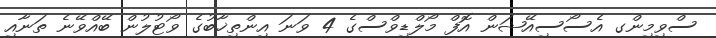
ސްވިމިންގ އެސޯސިއޭޝަން އޮފް މޯލްޑިވްސްގެ 4 ވަނަ އިންތިޚާބުގެ ވޯޓުލުން ބޭއްވޭނެ ތަނާއި